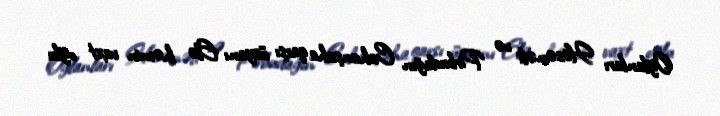
Oğlanları Həsənəli və Pirbudağın Cahanşaha qarşı üsyanı Elə həmin vaxt oğlu